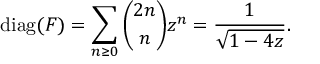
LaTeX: \operatorname { d i a g } ( F ) = \sum _ { n \geq 0 } { \binom { 2 n } { n } } z ^ { n } = { \frac { 1 } { \sqrt { 1 - 4 z } } } .